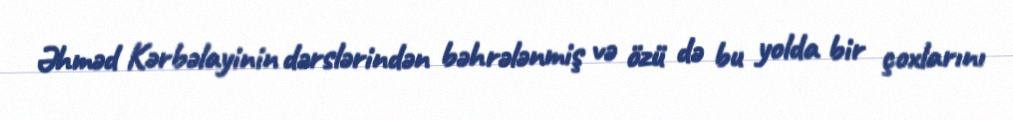
Əhməd Kərbəlayinin dərslərindən bəhrələnmiş və özü də bu yolda bir çoxlarını